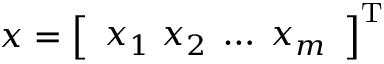
{ \boldsymbol { x } } = { \left[ \begin{array} { l } { x _ { 1 } \; x _ { 2 } \; \dots \; x _ { m } } \end{array} \right] } ^ { \mathrm { { T } } }